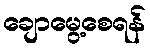
ချောမွေ့စေရန်